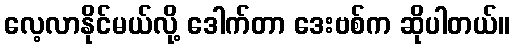
လေ့လာနိုင်မယ်လို့ ဒေါက်တာ ဒေးဗစ်က ဆိုပါတယ်။